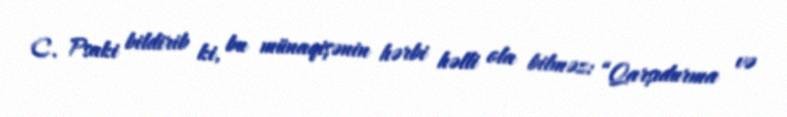
C. Psaki bildirib ki, bu münaqişənin hərbi həlli ola bilməz: “Qarşıdurma və